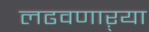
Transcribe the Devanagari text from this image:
लढवणाऱ्या